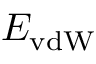
E _ { \mathrm { v d W } }